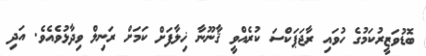
ބޮޑުވަޒީރުކަމުގެ ހުވައި ރާޖަޕަކްސަ ކުރެއްވީ ޤާނޫނާ ޚިލާފަށް ކަމަށް ރަނިލް ވިދާޅުވެއެވެ. އަދި